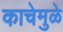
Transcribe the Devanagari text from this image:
काचेमुळे